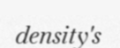
density's